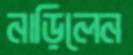
নাড়িলেন